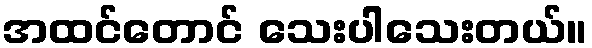
အထင်တောင် သေးပါသေးတယ်။